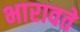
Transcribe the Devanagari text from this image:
भारावते